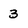
Character: 3